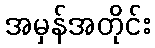
အမှန်အတိုင်း